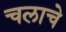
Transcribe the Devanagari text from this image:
चलाचे